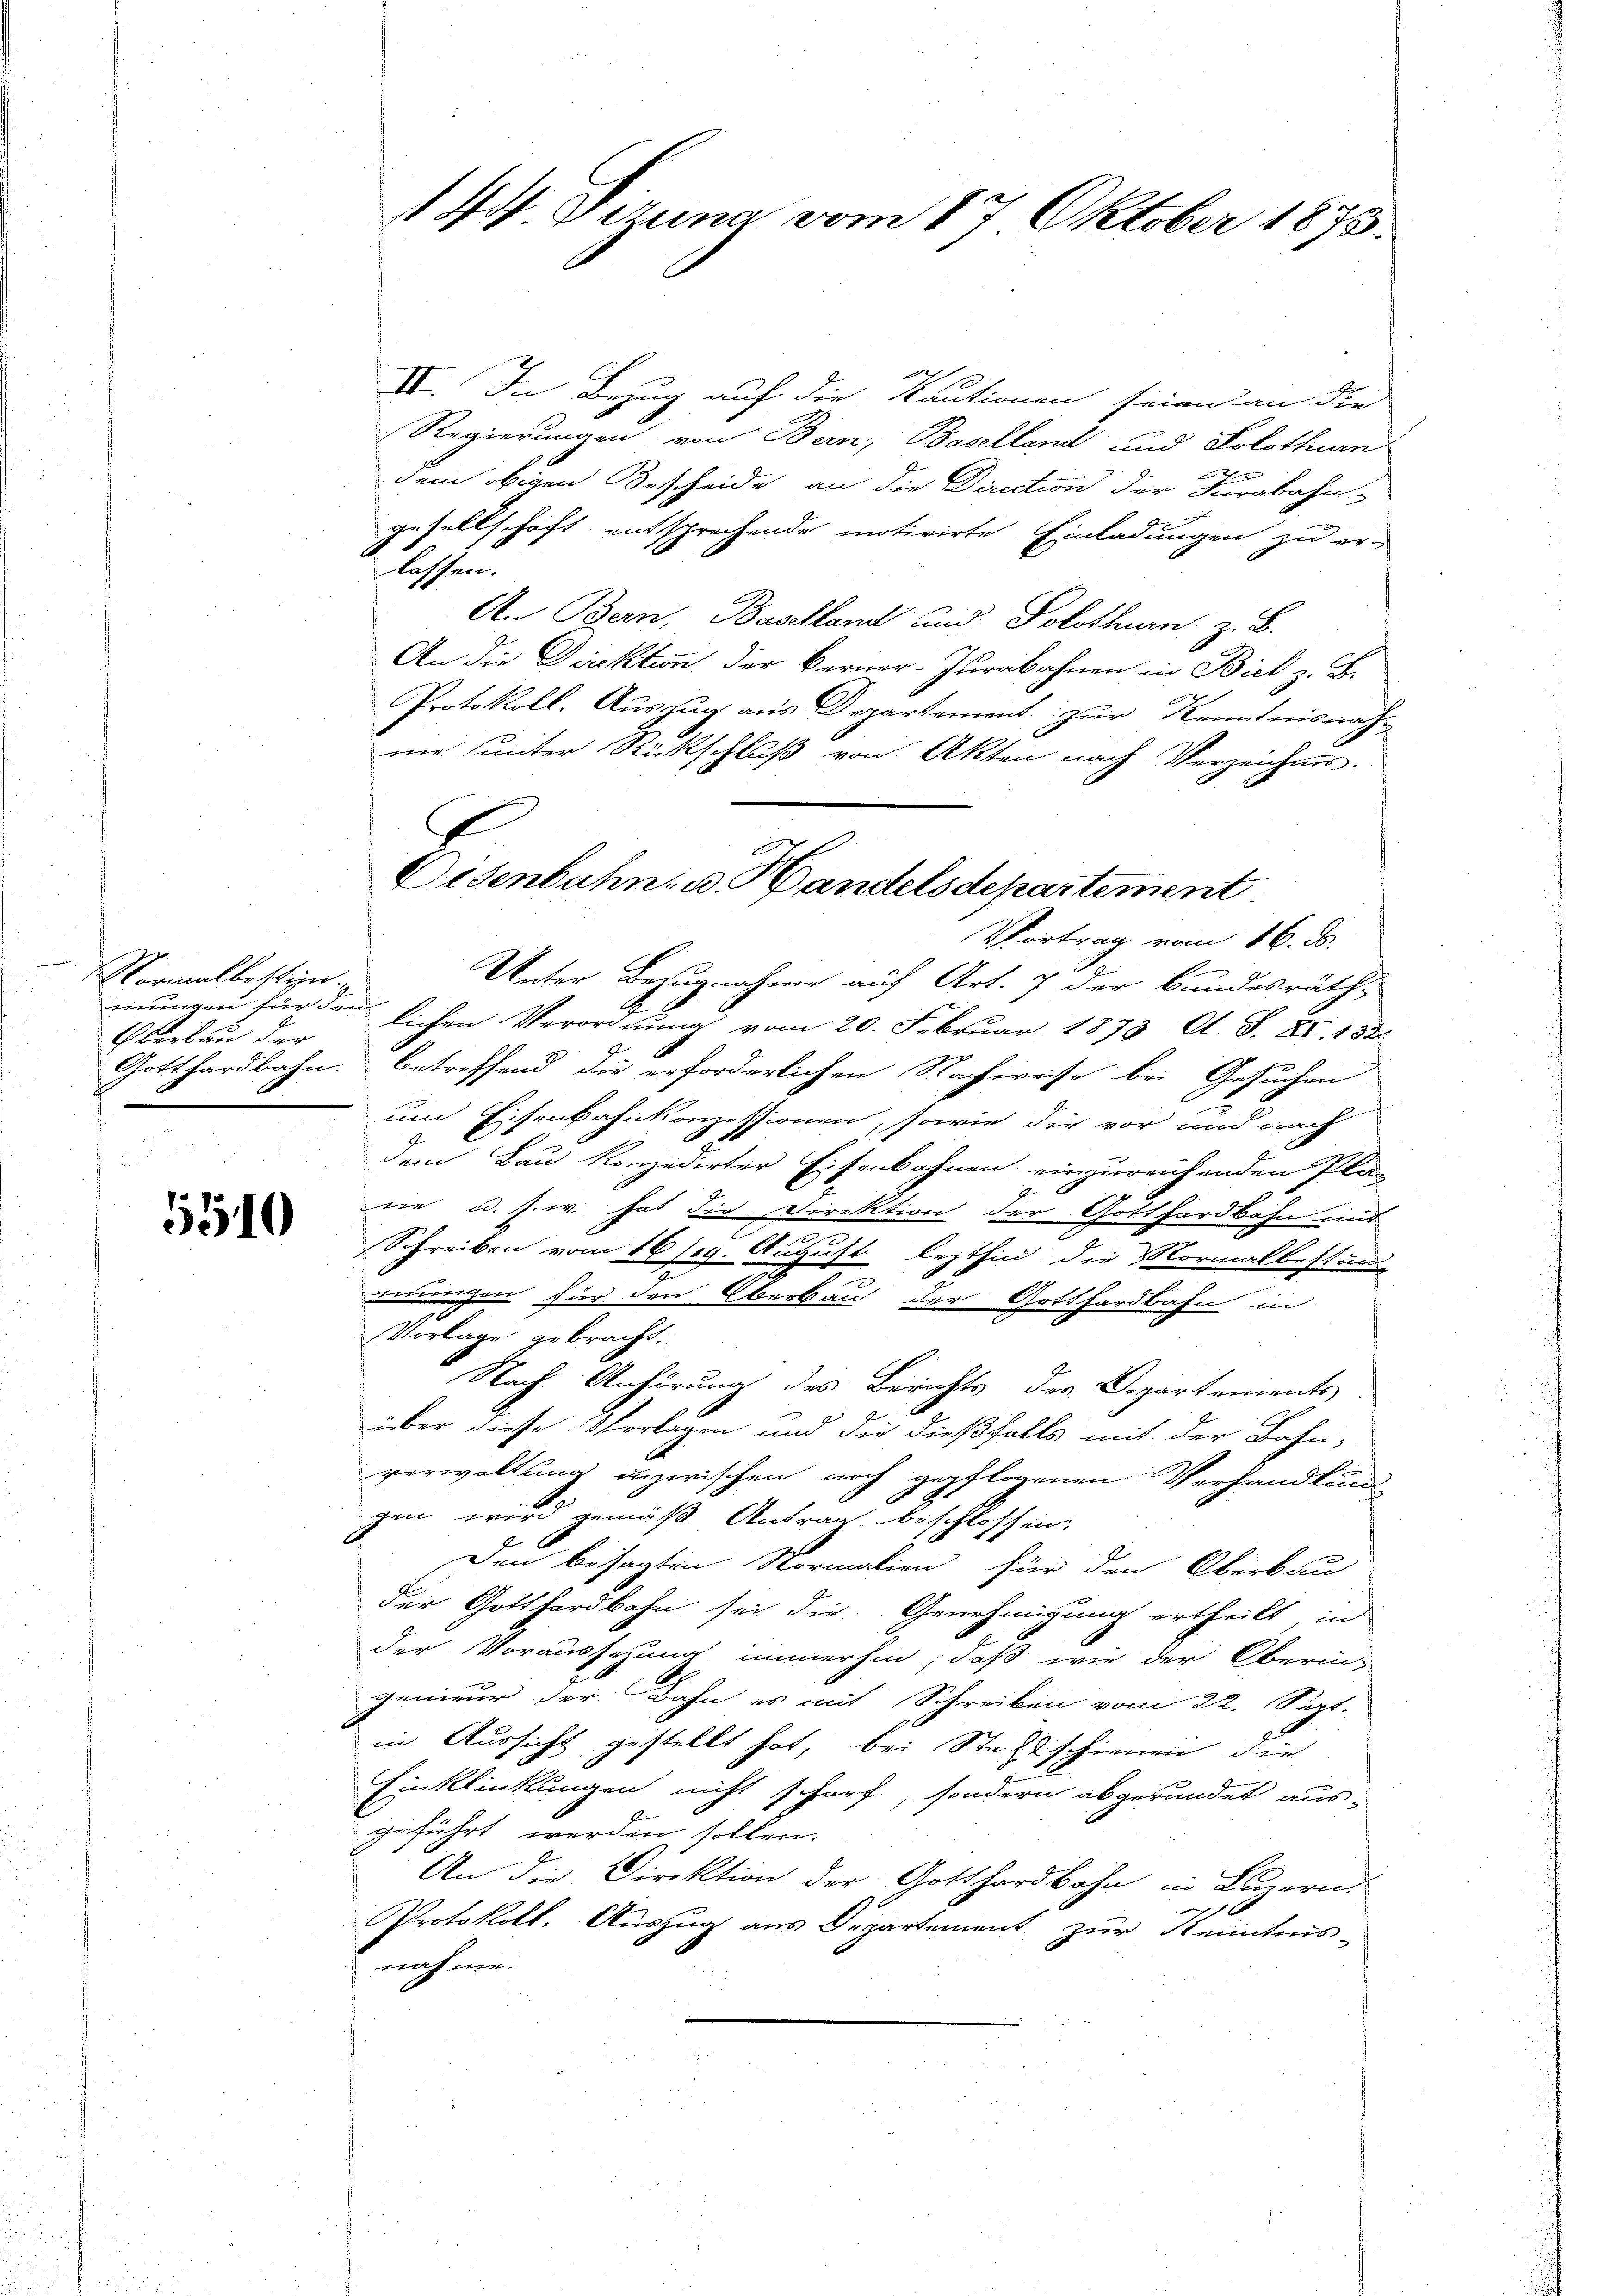
Normalbesten
mungen für den
Oberbau der

5510

IV. In Bezug auf die Kautionen seien an die
Regierungen von Bern, Baselland und Solothurn

dem obigen Bescheide an die Direction der Farabahn-
gesellschaft entsprechende motivirte Einladungen zu er-
lassen.
An Bern, Baselland und Solothurn, z. B.
An die Direktion der Berner-Jurabahnen in Biel z. B.
Protokoll. Auszug aus Departement zur Kenntnisnah
me unter Rückschluß von Akten nach Verzeichnis.
Unter Bezugnahme auf Art. 7 der Bundesräths
lichen Verordnung vom 20. Februar 1873 Al. S. XI. 1882
Gotthardbahn. betreffend die erforderlichen Nachweise bei Gesuchen
um Eisenbahnkonzessionen, sowie die vor und nach
dem Bau konzedirter Eisenbahnen einzureichenden Pla-
J
e u. s. w. hat die Direktion der Gotthardbahn mit
Schreiben vom 16 s. g. August lezthin die Normalbestimm
mungen für den Oberbau der Gotthardbahn in
Vorlage gebracht.
Nach Anhörung des Berichts der Departements
über diese Vorlagen und die dießfalls mit der Bahn-
verwaltung inzwischen noch gepflogenen Verhandlung
gen wird gemäß Antrag beschlossen.
Den besagten Normalien für den Oberbau
der Gotthardbahn sei die Genehmigung ertheilt, in
der Voraussehung immerhin, daß wie der Oberin-
genieur der Bahn es mit Schreiben vom 22. Sept.
in Aussicht gestellt hat, bei Stachtschienen der
Einklinkungen nicht scharf, sondern abgeründet aus-
geführt werden sollen.
An die Direktion der Gotthardbahn in Luzern.
Protokoll. Auszug aus Departement zur Kenntnis-
nahme.

144 Gezuna vom 17. Oktober 1873.

E
Oisenbahn- u. Handelsdepartement
Vortrag vom 16. ds.